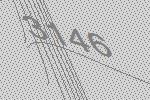
3146